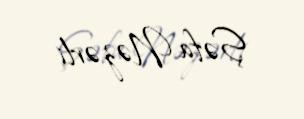
Şəfa Nəzərli